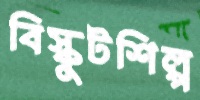
বিস্কুটশিল্প